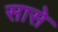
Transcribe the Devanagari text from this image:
सासे